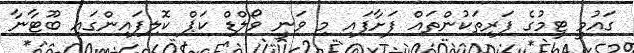
ގައުމީ ޓީމުގެ ފަރިތަކުންތައް ފަށާފައި މި ވަނީ ވޯލްޑް ކަޕް ކޮލިފައިންގައި ބޫޓާނާ